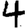
Digit: 4